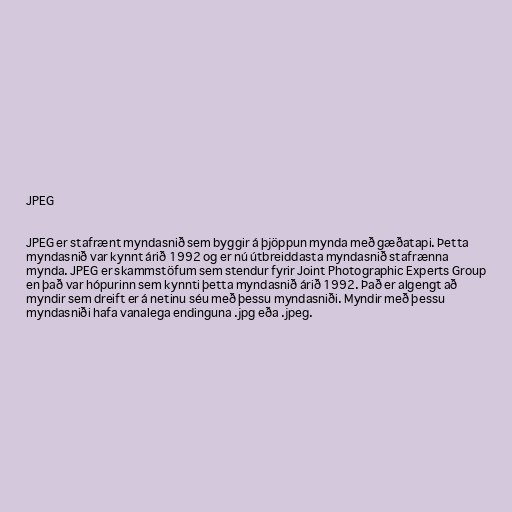
JPEG

JPEG er stafrænt myndasnið sem byggir á þjöppun mynda með gæðatapi. Þetta
myndasnið var kynnt árið 1992 og er nú útbreiddasta myndasnið stafrænna
mynda. JPEG er skammstöfum sem stendur fyrir Joint Photographic Experts Group
en það var hópurinn sem kynnti þetta myndasnið árið 1992. Það er algengt að
myndir sem dreift er á netinu séu með þessu myndasniði. Myndir með þessu
myndasniði hafa vanalega endinguna .jpg eða .jpeg.